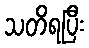
သတိရပြီး